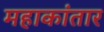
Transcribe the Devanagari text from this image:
महाकांतार